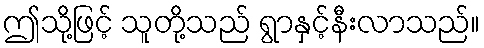
ဤသို့ဖြင့် သူတို့သည် ရွာနှင့်နီးလာသည်။